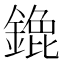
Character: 𬫹